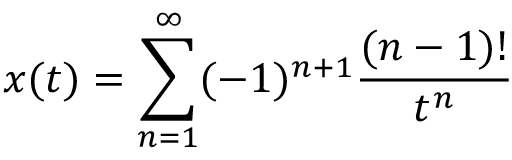
x ( t ) = \sum _ { n = 1 } ^ { \infty } ( - 1 ) ^ { n + 1 } { \frac { ( n - 1 ) ! } { t ^ { n } } }